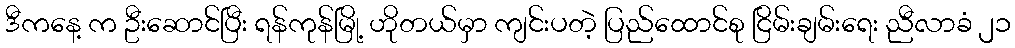
ဒီကနေ့ က ဦးဆောင်ပြီး ရန်ကုန်မြို့ ဟိုတယ်မှာ ကျင်းပတဲ့ ပြည်ထောင်စု ငြိမ်းချမ်းရေး ညီလာခံ ၂၁